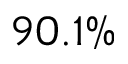
9 0 . 1 \%